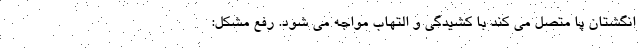
انگشتان پا متصل می کند با کشیدگی و التهاب مواجه می شود. رفع مشکل: